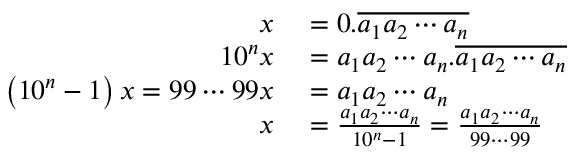
\begin{array} { r l } { x } & { { } = 0 . { \overline { { a _ { 1 } a _ { 2 } \cdots a _ { n } } } } } \\ { 1 0 ^ { n } x } & { { } = a _ { 1 } a _ { 2 } \cdots a _ { n } . { \overline { { a _ { 1 } a _ { 2 } \cdots a _ { n } } } } } \\ { \left( 1 0 ^ { n } - 1 \right) x = 9 9 \cdots 9 9 x } & { { } = a _ { 1 } a _ { 2 } \cdots a _ { n } } \\ { x } & { { } = { \frac { a _ { 1 } a _ { 2 } \cdots a _ { n } } { 1 0 ^ { n } - 1 } } = { \frac { a _ { 1 } a _ { 2 } \cdots a _ { n } } { 9 9 \cdots 9 9 } } } \end{array}